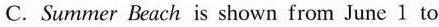
C.Summer Beach is shown from June 1 to